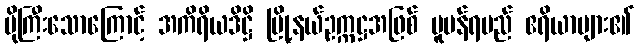
ပိုကြီးသောကြောင့် အကိရိယဒိဋ္ဌိ မြို့နယ်ဥက္ကဋ္ဌအဖြစ် ပူပန်ရမည် ဧရိယာများ၏